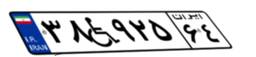
۵۴W۲۴۵۵۹